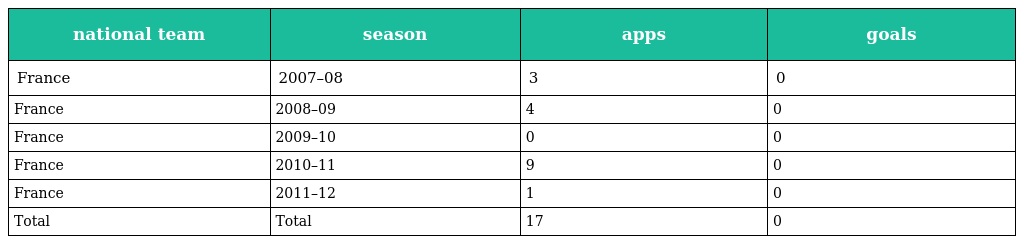
| national team | season | apps | goals |
 | --- | --- | --- | --- |
 | France | 2007–08 | 3 | 0 |
 | France | 2008–09 | 4 | 0 |
 | France | 2009–10 | 0 | 0 |
 | France | 2010–11 | 9 | 0 |
 | France | 2011–12 | 1 | 0 |
 | Total | Total | 17 | 0 |